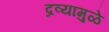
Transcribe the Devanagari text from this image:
द्रव्यामुळे